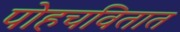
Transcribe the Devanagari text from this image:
पोहचवितात